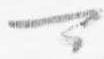
可